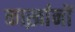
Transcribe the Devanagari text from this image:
कार्ख़ानों